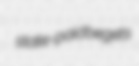
state-paid begets